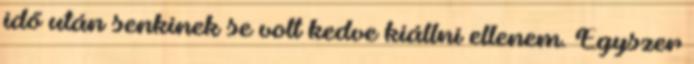
idő után senkinek se volt kedve kiállni ellenem. Egyszer